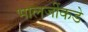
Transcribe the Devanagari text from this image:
भालजींकडे